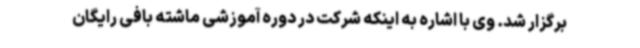
برگزار شد. وی با اشاره به اینکه شرکت در دوره آموزشی ماشته بافی رایگان